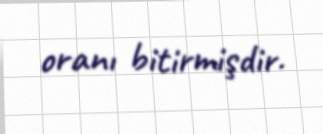
oranı bitirmişdir.